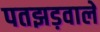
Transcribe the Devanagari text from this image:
पतझड़वाले